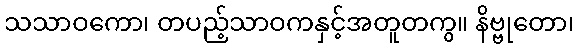
သသာဝကော၊ တပည့်သာဝကနှင့်အတူတကွ။ နိဗ္ဗုတော၊